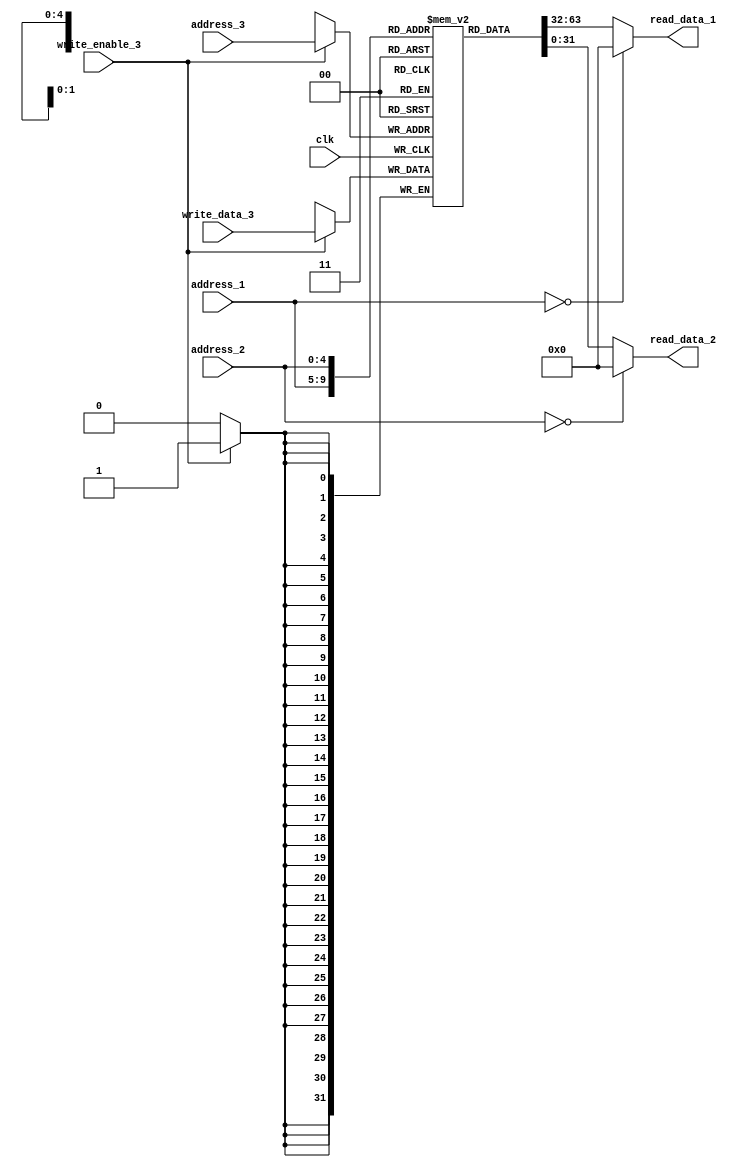
module RegFile (
  input       clk,
  input      [4:0] address_1, address_2, address_3,
  input  	  write_enable_3,
  input	     [31:0] write_data_3,
  output reg [31:0] read_data_1, read_data_2
);

  reg [31:0] RAM [0:31];
  
  assign read_data_1 = (address_1 == 0) ? 32'b0 : RAM[address_1];
  assign read_data_2 = (address_2 == 0) ? 32'b0 : RAM[address_2];
  
  always @(posedge clk)
    if (write_enable_3) 
      RAM[address_3] <= write_data_3;

endmodule